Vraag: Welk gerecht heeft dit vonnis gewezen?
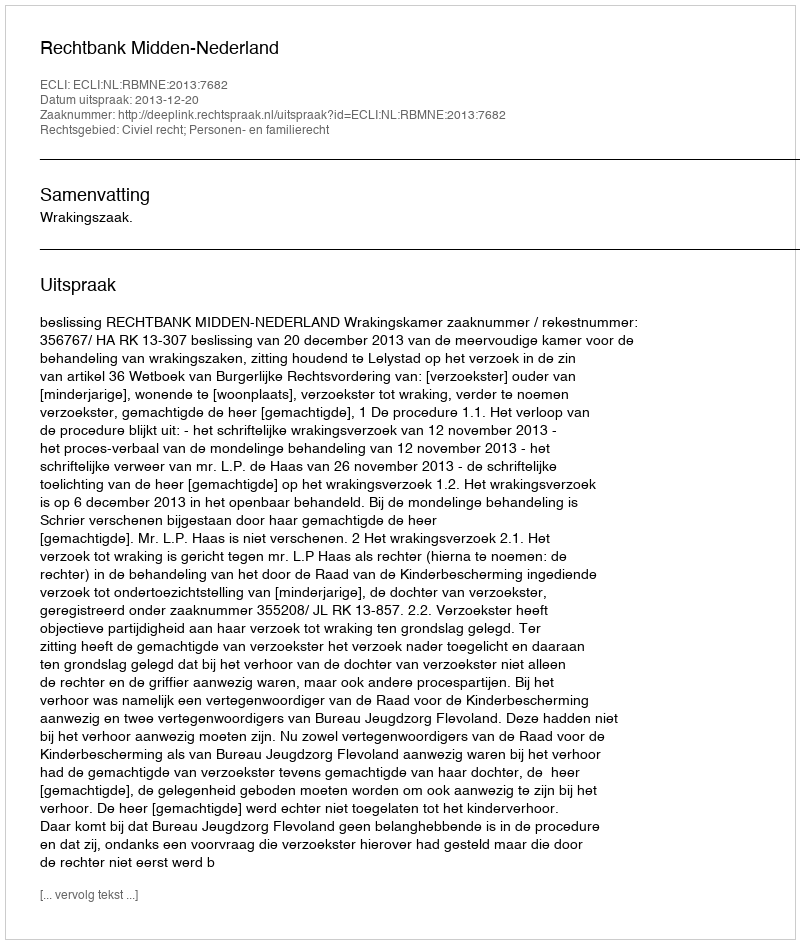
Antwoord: Rechtbank Midden-Nederland